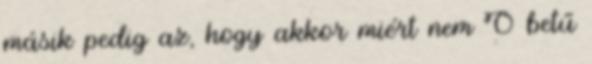
másik pedig az, hogy akkor miért nem O betű